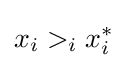
x_{i}>_{i}x_{i}^{*}